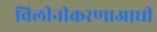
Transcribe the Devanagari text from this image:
विलीनीकरणाआधी